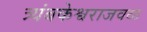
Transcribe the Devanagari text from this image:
त्र्यंबकेश्वराजवळ